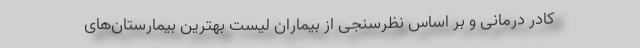
کادر درمانی و بر اساس نظرسنجی از بیماران لیست بهترین بیمارستان‌های